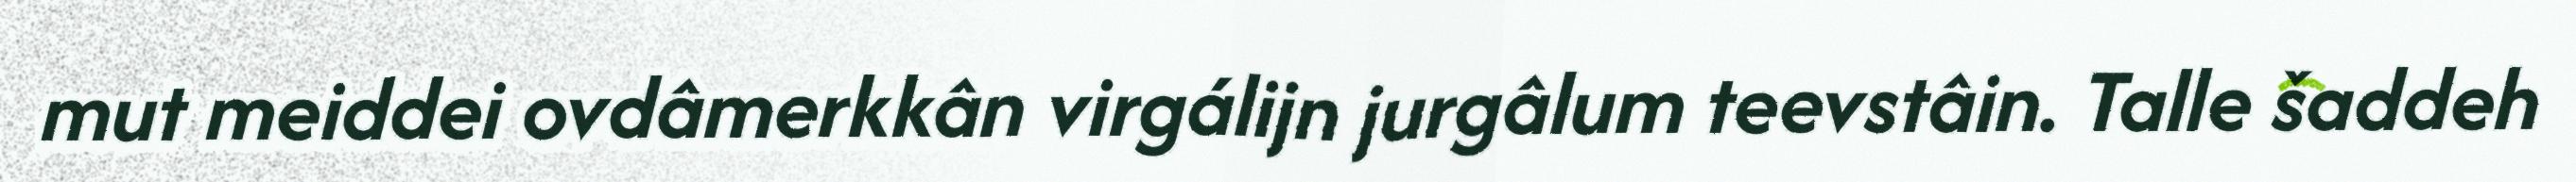
mut meiddei ovdâmerkkân virgálijn jurgâlum teevstâin. Talle šaddeh